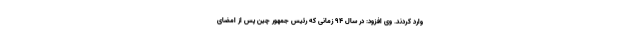
وارد کردند. وی افزود: در سال ۹۴ زمانی که رئیس جمهور چین پس از امضای